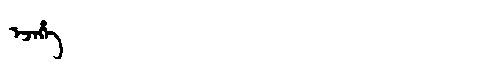
Manchu: ᡝᠵᡝᡥᡝ
Romanization: EJEHE